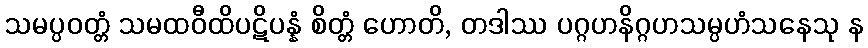
သမပ္ပဝတ္တံ သမထဝီထိပဋိပန္နံ စိတ္တံ ဟောတိ, တဒါဿ ပဂ္ဂဟနိဂ္ဂဟသမ္ပဟံသနေသု န